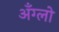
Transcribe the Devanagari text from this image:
अँग्लो